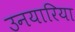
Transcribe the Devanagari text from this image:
उनयारिया